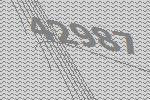
42987